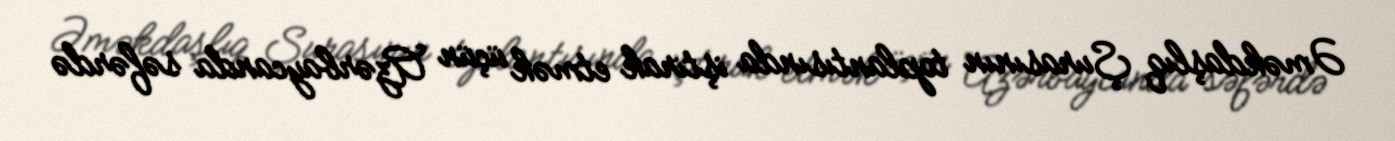
Əməkdaşlıq Şurasının toplantısında iştirak etmək üçün Azərbaycanda səfərdə